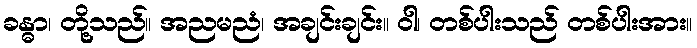
ခန္ဓာ၊ တို့သည်။ အညမညံ၊ အချင်းချင်း။ ဝါ၊ တစ်ပါးသည် တစ်ပါးအား။